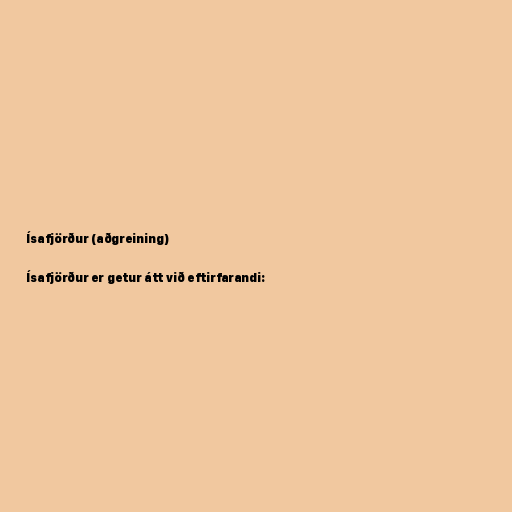
Ísafjörður (aðgreining)

Ísafjörður er getur átt við eftirfarandi: